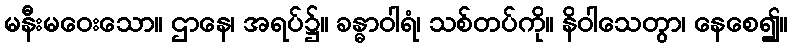
မနီးမဝေးသော။ ဌာနေ၊ အရပ်၌။ ခန္ဓာဝါရံ၊ သစ်တပ်ကို။ နိဝါသေတွာ၊ နေစေ၍။